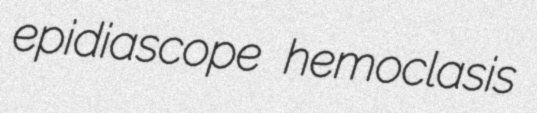
epidiascope hemoclasis